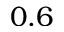
0 . 6